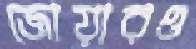
জোয়ারও